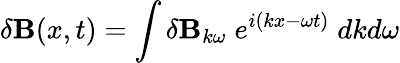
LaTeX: \delta{\mathbf B}(x,t)=\int\delta{\mathbf B}_{k\omega}\; e^{i(kx-\omega t)}\; dkd\omega